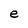
Character: e